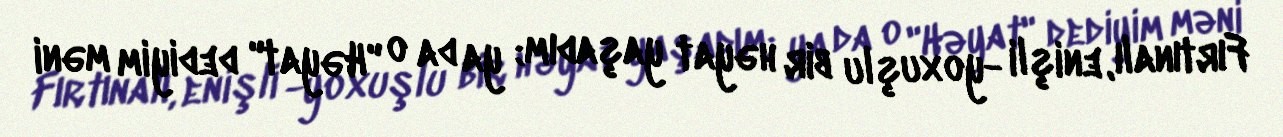
Fırtınalı, enişli -yoxuşlu bir həyat yaşadım; ya da o "Həyat" dediyim məni